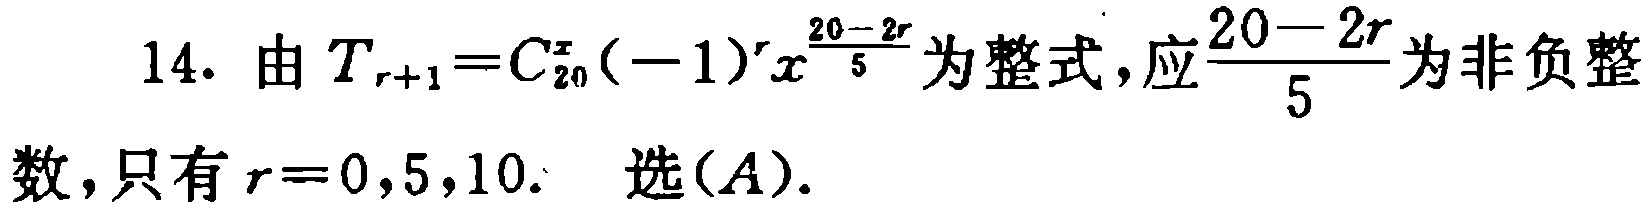
14. 由 \(T_{r + 1}=C_{20}^{r}(-1)^{r}x^{\frac{20 - 2r}{5}}\) 为整式，应\(\frac{20 - 2r}{5}\)为非负整数，只有 \(r = 0,5,10\). 选\((A)\).